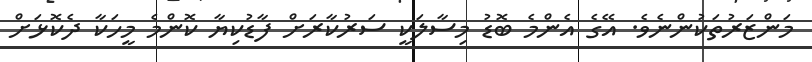
މަންޒަރުތަކުންނެވެ. އޭގެ އެންމެ ބޮޑު މިސާލަކީ ސަރުކާރަށް ފާޑުކިޔާ ކޮންމެ މީހަކާ ދެކޮޅަށް